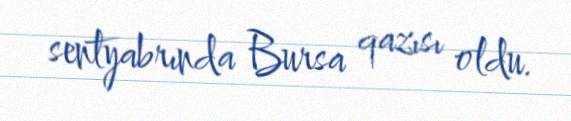
sentyabrında Bursa qazısı oldu.